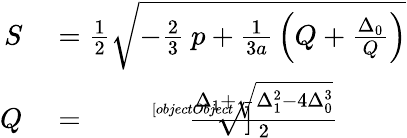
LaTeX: \begin{array}{rl}{S}&{{}={\frac{1}{2}}{\sqrt{-{\frac{2}{3}}\ p+{\frac{1}{3a}}\left(Q+{\frac{\Delta_{0}}{Q}}\right)}}}\\ {Q}&{{}={\sqrt[[objectObject]]{\frac{\Delta_{1}+{\sqrt{\Delta_{1}^{2}-4\Delta_{0}^{3}}}}{2}}}}\end{array}